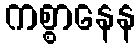
ကစ္စာနေန